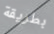
بطريقة